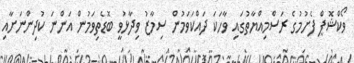
ވޯކްޝޮޕް ފެށުމުގެ ރަސްމިއްޔާތުގައި ވާހަކަ ދައްކަވަމުން ސިމާޒު ވިދާޅުވީ ބޮޑެތިވަމުން އަންނަ ކުދިންނަށާއި